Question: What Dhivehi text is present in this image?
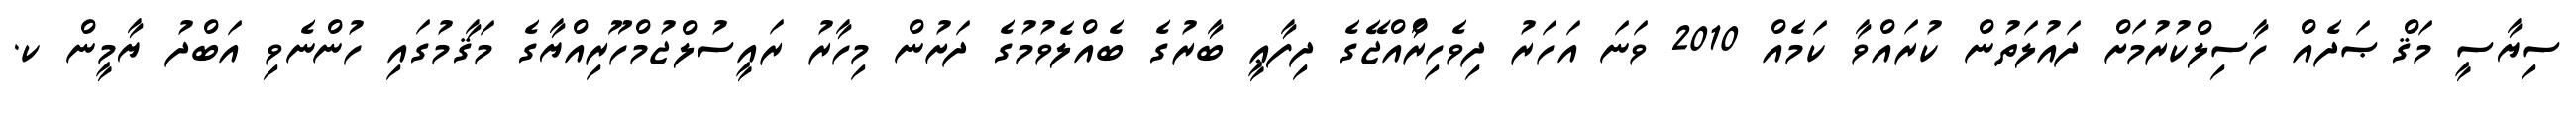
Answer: ސިޔާސީ މަޤްޞަދެއް ހާސިލްކުރުމަށް ދައުލަތުން ކުރައްވާ ކަމެއް 2010 ވަނަ އަހަރު ދިވެހިރާްއްޖޭގެ ދިފާޢީ ބާރުގެ ބެއްލެވުމުގެ ދަށުން މިހާރު ރައީސުލްޖުމްހޫރިއްޔާގެ މަޤާމުގައި ހުންނެވި އަބްދު ޔާމީން ކ.